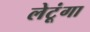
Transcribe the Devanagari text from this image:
लेटूंगा